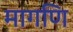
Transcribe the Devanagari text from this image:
मागणि